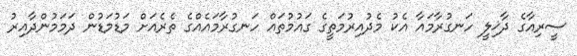
ސީރިއާގެ ދާޚިލީ ހަނގުރާމައާ އެކު މެދުއިރުމަތީގެ ގައުމުތައް ހަނގުރާމައެއްގެ ތެރެއަށް މަޑުމަޑުން ދަމަމުންދާއިރު